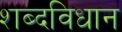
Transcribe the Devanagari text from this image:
शब्दविधान